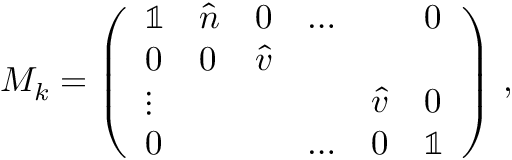
M _ { k } = \left( \begin{array} { l l l l l l } { \mathbb { 1 } } & { \hat { n } } & { 0 } & { \ldots } & { } & { 0 } \\ { 0 } & { 0 } & { \hat { v } } & { } & { } \\ { \vdots } & { } & { } & { } & { \hat { v } } & { 0 } \\ { 0 } & { } & { } & { \hdots } & { 0 } & { \mathbb { 1 } } \end{array} \right) \, ,